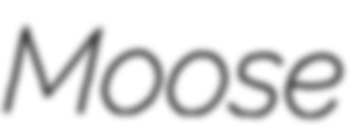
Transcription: Moose